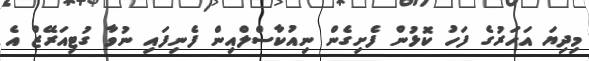
މިދިޔަ އަހަރުގެ ފަހު ކޮޅުން ފެށިގެން ނިއުކާސްލްއިން ފެނިފައި ނުވާ ގުޓިއަރޭޒް އެ